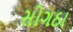
સોગઠા